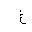
Letter: _gayn